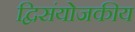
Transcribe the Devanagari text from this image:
द्विसंयोजकीय